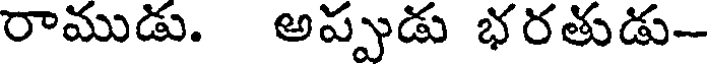
రాముడు. అప్పుడు భరతుడు-